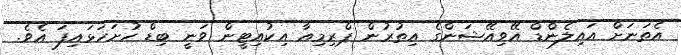
އެތަނަށް އައިލެންޑް އޭވިއޭޝަންގެ އިތުރުން ޕްރިމިއާ އިކުއިޓީން ވަނީ ބިޑް ހުށަހަޅައިފަ އެވެ.